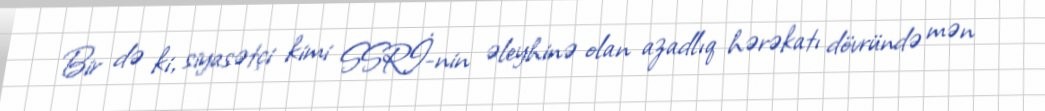
Bir də ki, siyasətçi kimi SSRİ-nin əleyhinə olan azadlıq hərəkatı dövründə mən